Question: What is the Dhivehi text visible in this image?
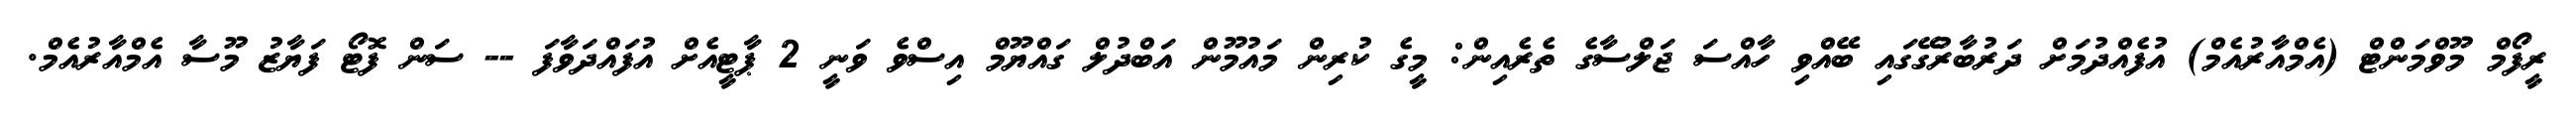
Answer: ރީފޯމް މޫވްމަންޓް (އެމްއާރުއެމް) އުފެއްދުމަށް ދަރުބާރުގޭގައި ބޭއްވި ހާއްސަ ޖަލްސާގެ ތެރެއިން: މީގެ ކުރިން މައުމޫން އަބްދުލް ގައްޔޫމް އިސްވެ ވަނީ 2 ޕާޓީއެށް އުފައްދަވާފަ -- ސަން ފޮޓޯ ފަޔާޒު މޫސާ އެމްއާރުއެމް.